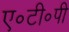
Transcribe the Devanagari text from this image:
ए॰टी॰पी